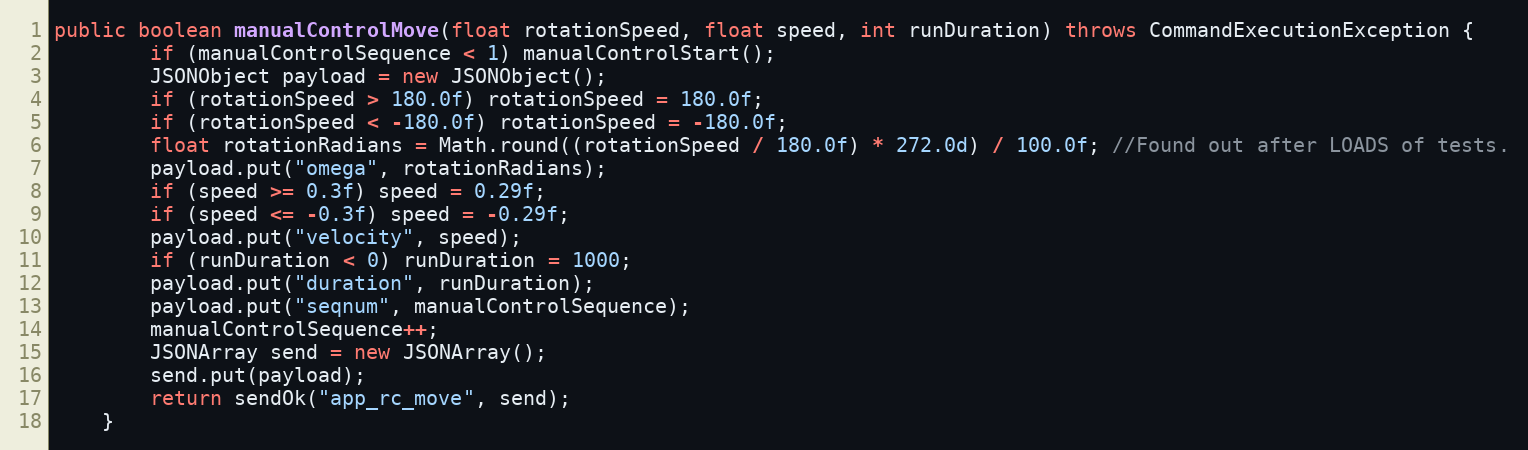
Language: Java
public boolean manualControlMove(float rotationSpeed, float speed, int runDuration) throws CommandExecutionException {
        if (manualControlSequence < 1) manualControlStart();
        JSONObject payload = new JSONObject();
        if (rotationSpeed > 180.0f) rotationSpeed = 180.0f;
        if (rotationSpeed < -180.0f) rotationSpeed = -180.0f;
        float rotationRadians = Math.round((rotationSpeed / 180.0f) * 272.0d) / 100.0f; //Found out after LOADS of tests.
        payload.put("omega", rotationRadians);
        if (speed >= 0.3f) speed = 0.29f;
        if (speed <= -0.3f) speed = -0.29f;
        payload.put("velocity", speed);
        if (runDuration < 0) runDuration = 1000;
        payload.put("duration", runDuration);
        payload.put("seqnum", manualControlSequence);
        manualControlSequence++;
        JSONArray send = new JSONArray();
        send.put(payload);
        return sendOk("app_rc_move", send);
    }